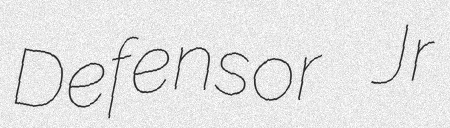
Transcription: Defensor Jr